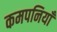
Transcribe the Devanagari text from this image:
कमपनियाँ